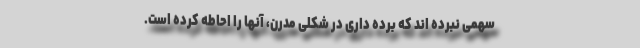
سهمی نبرده اند که برده داری در شکلی مدرن، آنها را احاطه کرده است.